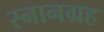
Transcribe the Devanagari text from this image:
स्नानग्रह